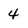
Character: 4